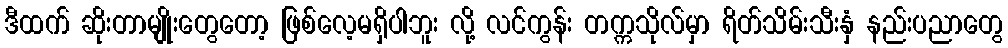
ဒီထက် ဆိုးတာမျိုးတွေတော့ ဖြစ်လေ့မရှိပါဘူး လို့ လင်ကွန်း တက္ကသိုလ်မှာ ရိတ်သိမ်းသီးနှံ နည်းပညာတွေ